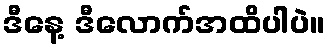
ဒီနေ့ ဒီလောက်အထိပါပဲ။